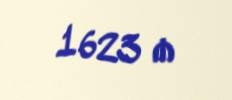
1623 ₼